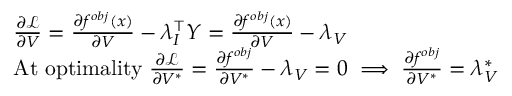
\begin{array} { r l } & { \frac { \partial \mathcal { L } } { \partial V } = \frac { \partial f ^ { o b j } ( x ) } { \partial V } - \lambda _ { I } ^ { \intercal } Y = \frac { \partial f ^ { o b j } ( x ) } { \partial V } - \lambda _ { V } } \\ & { \mathrm { A t ~ o p t i m a l i t y } \; \frac { \partial \mathcal { L } } { \partial V ^ { * } } = \frac { \partial f ^ { o b j } } { \partial V ^ { * } } - \lambda _ { V } = 0 \implies \frac { \partial f ^ { o b j } } { \partial V ^ { * } } = \lambda _ { V } ^ { * } } \end{array}